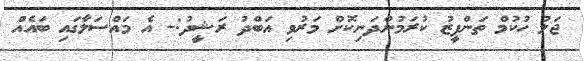
ޖަލު ހުކުމް ތަންފީޒު ކުރަމުންދަނިކޮށް މަރުވި އަބްދު ރަޝީދު:- އެ މައްސަލާގައި ބައެއް